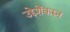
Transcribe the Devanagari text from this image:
उद्देशेंकरुन